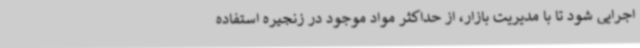
اجرایی شود تا با مدیریت بازار، از حداکثر مواد موجود در زنجیره استفاده